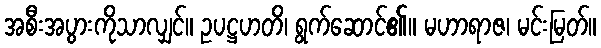
အစီးအပွားကိုသာလျှင်။ ဥပဋ္ဌဟတိ၊ ရွက်ဆောင်၏။ မဟာရာဇ၊ မင်းမြတ်။